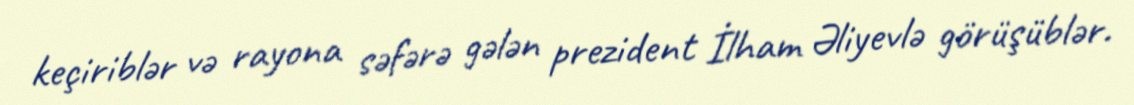
keçiriblər və rayona səfərə gələn prezident İlham Əliyevlə görüşüblər.